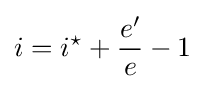
i=i^{\star }+{\frac {e'}{e}}-1